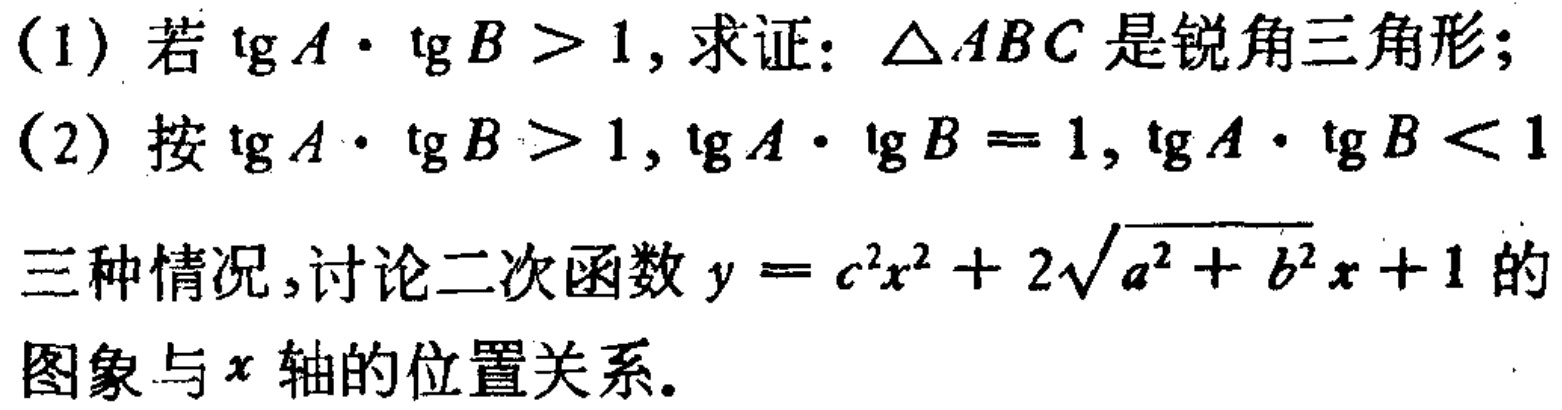
(1) 若\(\tg A\cdot\tg B > 1\)，求证：\(\triangle ABC\)是锐角三角形；

(2) 按\(\tg A\cdot\tg B > 1\)，\(\tg A\cdot\tg B = 1\)，\(\tg A\cdot\tg B < 1\)

三种情况，讨论二次函数\(y = c^{2}x^{2}+2\sqrt{a^{2}+b^{2}}x + 1\)的

图象与\(x\)轴的位置关系。